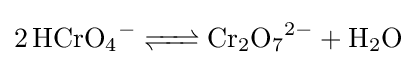
{\ce {2 HCrO4- <=> Cr2O7^2- + H2O}}